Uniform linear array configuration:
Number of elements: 8
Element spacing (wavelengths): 0.5
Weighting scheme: binomial
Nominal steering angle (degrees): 45
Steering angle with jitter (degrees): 46.341
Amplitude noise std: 0.05
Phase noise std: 0.05

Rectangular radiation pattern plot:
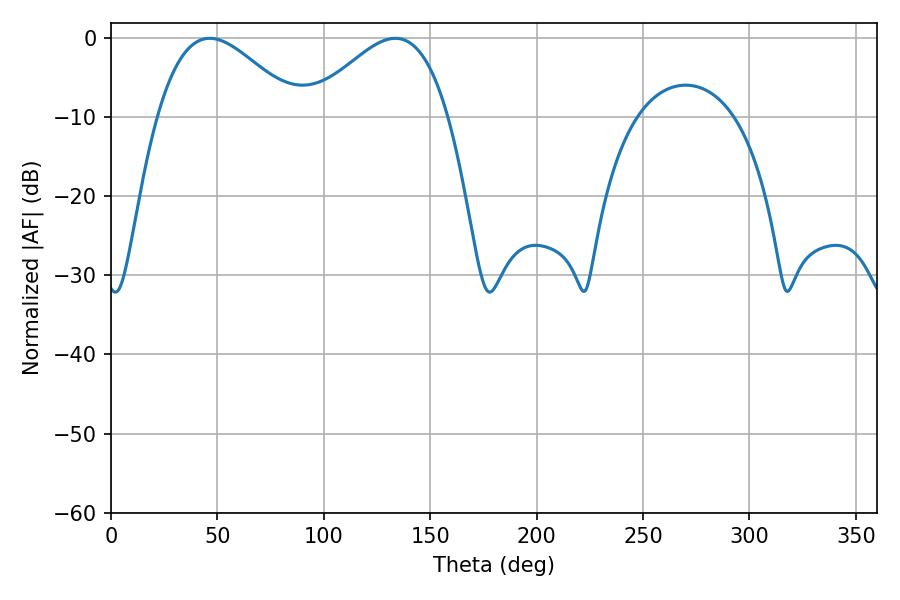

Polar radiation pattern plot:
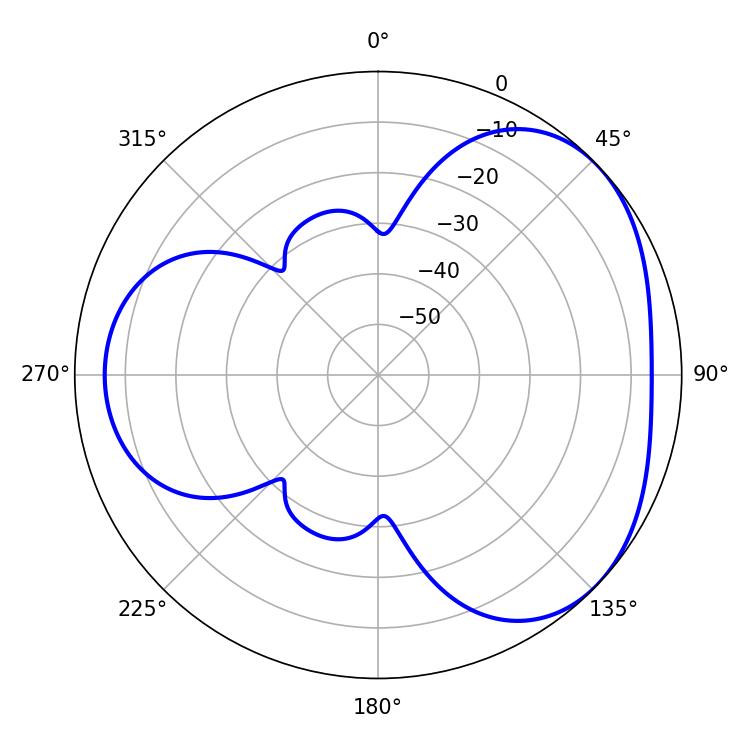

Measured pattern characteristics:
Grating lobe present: FALSE
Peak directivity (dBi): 3.631
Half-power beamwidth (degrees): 35.28
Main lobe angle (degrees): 46.44